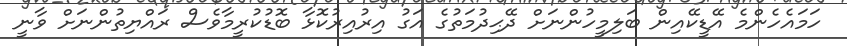
ހަމައެހެންމެ އޭޑީކޭއިން ބަލިމީހުންނަށް ދޭޙިދުމަތުގެ އަގު އިރުއިރުކޮޅާ ބޮޑުކުރީމާވެސް ރައްޔިތުންނަށް ވާނީ